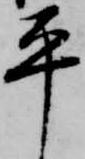
平